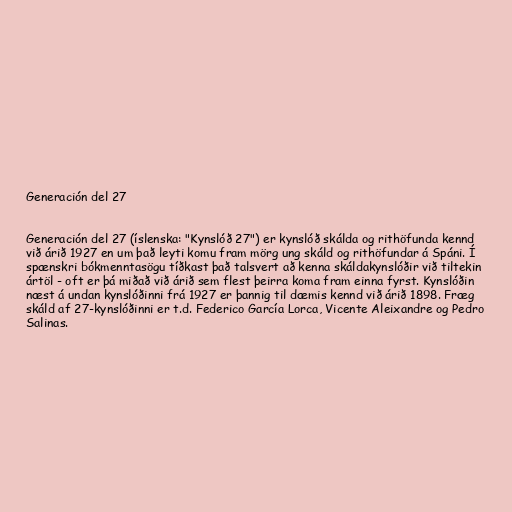
Generación del 27

Generación del 27 (íslenska: "Kynslóð 27") er kynslóð skálda og rithöfunda kennd
við árið 1927 en um það leyti komu fram mörg ung skáld og rithöfundar á Spáni. Í
spænskri bókmenntasögu tíðkast það talsvert að kenna skáldakynslóðir við tiltekin
ártöl - oft er þá miðað við árið sem flest þeirra koma fram einna fyrst. Kynslóðin
næst á undan kynslóðinni frá 1927 er þannig til dæmis kennd við árið 1898. Fræg
skáld af 27-kynslóðinni er t.d. Federico García Lorca, Vicente Aleixandre og Pedro
Salinas.